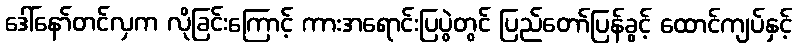
ဒေါ်နော်တင်လှက လိုခြင်းကြောင့် ကားအရောင်းပြပွဲတွင် ပြည်တော်ပြန်ခွင့် ထောင်ကျပ်နှင့်